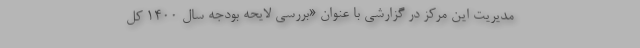
مدیریت این مرکز در گزارشی با عنوان «بررسی لایحه بودجه سال ۱۴۰۰ کل